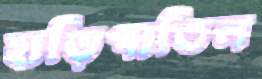
হাড়িপাতিল